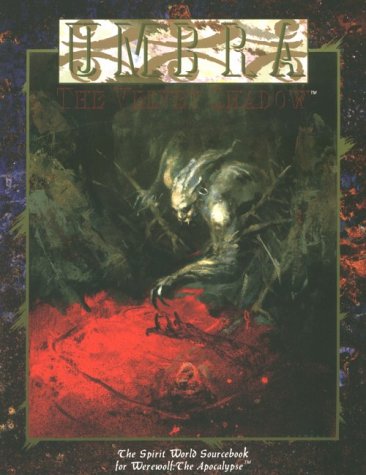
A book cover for Umbra: The Velvet Shadow (Werewolf - the Apocalypse); Harry Heckel; Science Fiction & Fantasy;